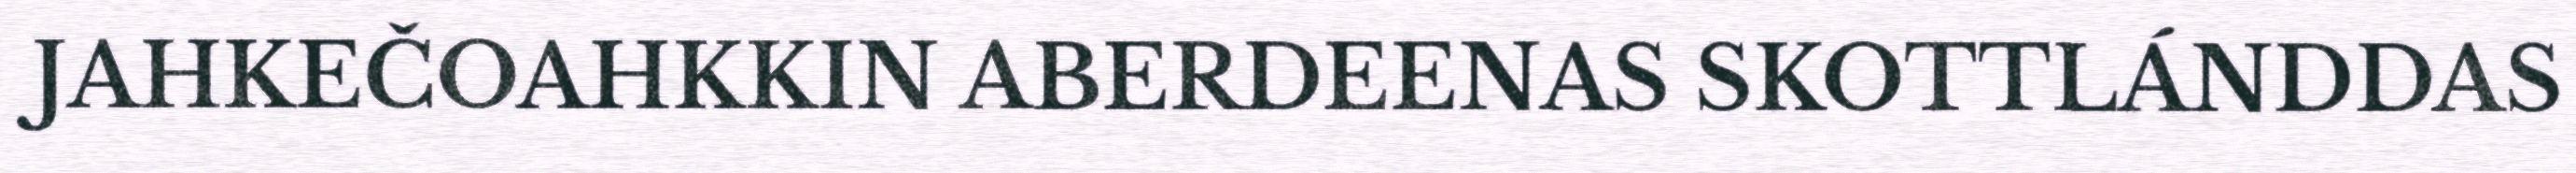
JAHKEČOAHKKIN ABERDEENAS SKOTTLÁNDDAS